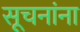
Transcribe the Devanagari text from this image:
सूचनांना